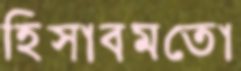
হিসাবমতো